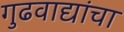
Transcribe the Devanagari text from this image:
गुढवाद्यांचा